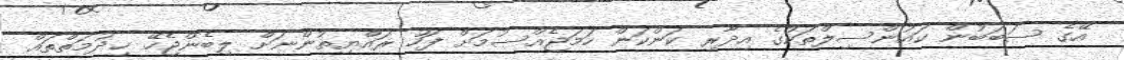
އޭގެ ސަބަބުން ކައުންސިލްތަކުގެ އިދާރި ކަންކަން ހަމަޖެއްސުމަށް ފަހު ރައްޔިތުންނަށް ލިބެންޖެހޭ ޚިދުމަތްތައް